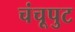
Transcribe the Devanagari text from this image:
चंचूपुट